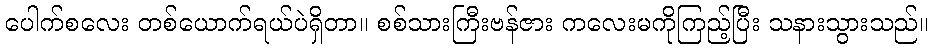
ပေါက်စလေး တစ်ယောက်ရယ်ပဲရှိတာ။ စစ်သားကြီးဗန်ဇား ကလေးမကိုကြည့်ပြီး သနားသွားသည်။